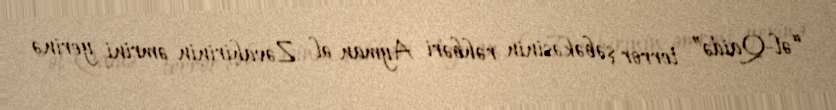
“əl-Qaidə” terror şəbəkəsinin rəhbəri Ayman əl Zəvahirinin əmrini yerinə